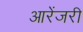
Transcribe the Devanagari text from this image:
आरेंजरी